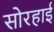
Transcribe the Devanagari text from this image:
सोरहाई